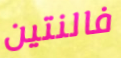
فالنتين